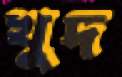
খুদ